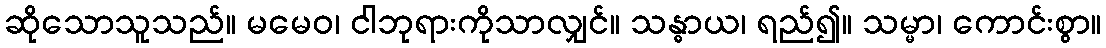
ဆိုသောသူသည်။ မမေဝ၊ ငါဘုရားကိုသာလျှင်။ သန္ဓာယ၊ ရည်၍။ သမ္မာ၊ ကောင်းစွာ။